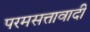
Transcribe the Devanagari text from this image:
परमसत्तावादी